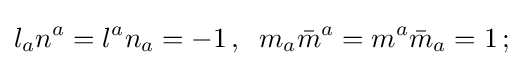
l_{a}n^{a}=l^{a}n_{a}=-1\,,\;\;m_{a}{\bar {m}}^{a}=m^{a}{\bar {m}}_{a}=1\,;